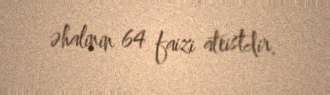
əhalinin 64 faizi ateistdir.